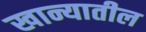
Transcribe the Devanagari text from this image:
खान्यातील